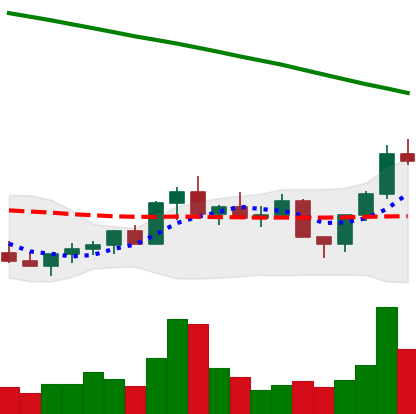
Ticker: LINK-USD
Chart end date: 2022-07-30
Forward return: -5.733%
Label: down_5_7